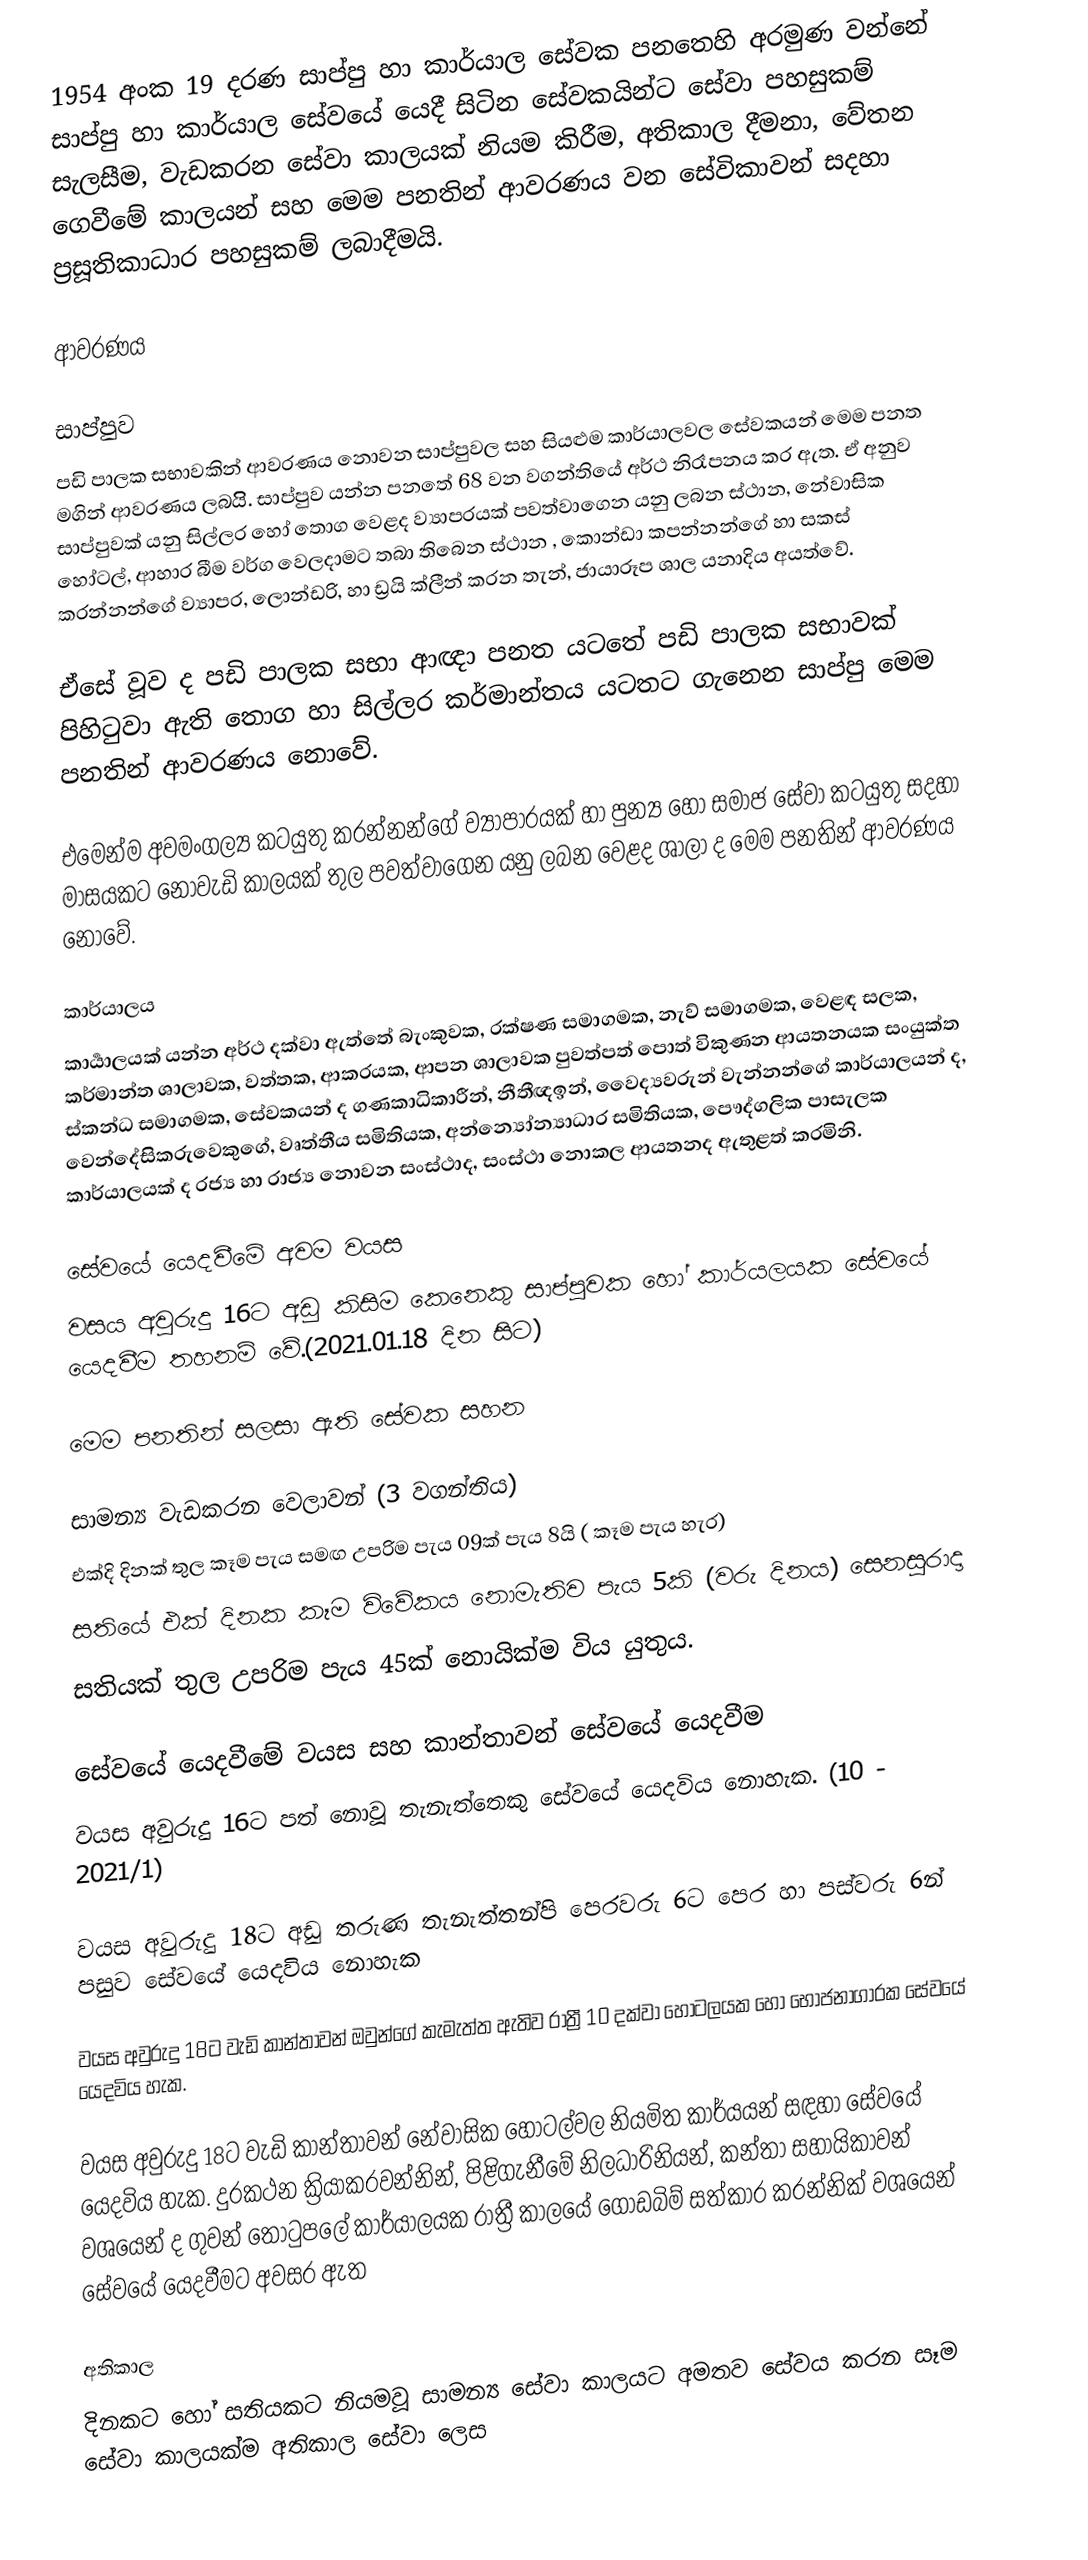
1954 අංක 19 දරණ සාප්පු හා කාර්යාල සේවක පනතෙහි අරමුණ වන්නේ සාප්පු හා කාර්යාල සේවයේ යෙදී සිටින සේවකයින්ට සේවා පහසුකම් සැලසීම, වැඩකරන සේවා කාලයක් නියම කිරීම, අතිකාල දීමනා, වේතන ගෙවීමේ කාලයන් සහ මෙම පනතින් ආවරණය වන සේවිකාවන් සදහා ප්‍රසූතිකාධාර පහසුකම් ලබාදීමයි.

ආවරණය

සාප්පුව
පඩි පාලක සභාවකින් ආවරණය නොවන සාප්පුවල සහ සියළුම කාර්යාලවල සේවකයන් මෙම පනත මගින් ආවරණය ලබයිි. සාප්පුව යන්න පනතේ 68 වන වගන්තියේ අර්ථ නිරෑපනය කර ඇත.  ඒ අනුව සාප්පුවක් යනු සිල්ලර හෝ තොග වෙළද ව්‍යාපරයක් පවත්වාගෙන යනු ලබන ස්ථාන, නේවාසික හෝටල්, ආහාර බීම වර්ග වෙලදාමට තබා තිබෙන ස්ථාන , කොන්ඩා කපන්නන්ගේ හා සකස් කරන්නන්ගේ ව්‍යාපර, ලොන්ඩරි, හා ඩ්‍රයි ක්ලීන් කරන තැන්, ජායාරූප ශාල  යනාදිය අයත්වේ.

ඒසේ වූව ද පඩි පාලක සභා ආඥා පනත යටතේ පඩි පාලක සභාවක් පිහිටුවා ඇති තොග හා සිල්ලර කර්මාන්තය යටතට ගැනෙන සාප්පු මෙම පනතින් ආවරණය නොවේ.

එමෙන්ම අවමංගල්‍ය කටයුතු කරන්නන්ගේ ව්‍යාපාරයක්  හා පුන්‍ය හෝ සමාජ සේවා කටයුතු සදහා මාසයකට නොවැඩි කාලයක් තුල පවත්වාගෙන යනු ලබන  වෙළද ශාලා ද  මෙම පනතින් ආවරණය නොවේ.

කාර්යාලය
කාර්‍යාලයක් යන්න අර්ථ දක්වා ඇත්තේ බැංකුවක, රක්ෂණ සමාගමක, නැව් සමාගමක, වෙළඳ සලක, කර්මාන්ත ශාලාවක, වත්තක, ආකරයක, ආපන ශාලාවක පුවත්පත් පොත් විකුණන ආයතනයක සංයුක්ත ස්කන්ධ සමාගමක, සේවකයන් ද   ගණකාධිකාරීන්, නීතීඥඉන්, වෛද්‍යවරුන් වැන්නන්ගේ කාර්යාලයන් ද, වෙන්දේසිකරුවෙකුගේ, වෘත්තීය සමිතියක, අන්න්‍යෝන්‍යාධාර සමිතියක, පෞද්ගලික පාසැලක කාර්යාලයක් ද රජ්‍ය හා රාජ්‍ය නොවන සංස්ථාද, සංස්ථා  නොකල ආයතනද ඇතුළත් කරමිනි.

සේවයේ යෙදවීමේ අවම වයස
වසය අවුරුදු 16ට අඩු කිසිම කෙනෙකු සාප්පුවක හෝ කාර්යලයක සේවයේ යෙදවීම තහනම් වේ.(2021.01.18 දින සිට)

මෙම පනතින් සලසා ඇති සේවක සහන

සාමන්‍ය වැඩකරන වෙලාවන් (3 වගන්තිය)
 එක්දි දිනක් තුල කෑම පැය සමඟ උපරිම පැය 09ක්  පැය 8යි ( කෑම පැය හැර)
 සතියේ එක් දිනක කෑම විවේකය නොමැතිව පැය 5කි (වරු දිනය) සෙනසුරාදා
 සතියක් තුල උපරිම පැය 45ක් නොයික්ම විය යුතුය.

සේවයේ යෙදවීමේ වයස සහ කාන්තාවන් සේවයේ යෙදවීම
වයස අවුරුදු 16ට පත් නොවූ තැනැත්තෙකු සේවයේ යෙදවිය නොහැක. (10 - 2021/1)

වයස අවුරුදු 18ට අඩු තරුණ තැනැත්තන්පි පෙරවරු 6ට පෙර හා පස්වරු 6න් පසුව සේවයේ යෙදවිය නොහැක

වයස අවුරුදු 18ට වැඩි කාන්තාවන් ඔවුන්ගේ කැමැත්ත ඇතිව රාත්‍රී 10 දක්වා හෝටලයක හෝ භෝජනාගාරක සේවයේ යෙදවිය හැක.

වයස අවුරුදු 18ට වැඩි කාන්තාවන් නේවාසික හෝටල්වල නියමිත කාර්යයන් සඳහා සේවයේ යෙදවිය හැක. දුරකථන ක්‍රියාකරවන්නින්, පිළිගැනීමේ නිලධාරිනියන්, කන්තා සහායිකාවන් වශයෙන් ද ගුවන් තොටුපලේ කාර්යාලයක රාත්‍රී කාලයේ ගොඩබිම් සත්කාර කරන්නික් වශයෙන් සේවයේ යෙදවීමට අවසර ඇත

අතිකාල
 දිනකට හෝ සතියකට නියමවූ සාමන්‍ය සේවා කාලයට අමතව සේවය කරන සෑම සේවා කාලයක්ම අතිකාල සේවා ලෙස